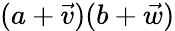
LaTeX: (a+{\vec{v}})(b+{\vec{w}})